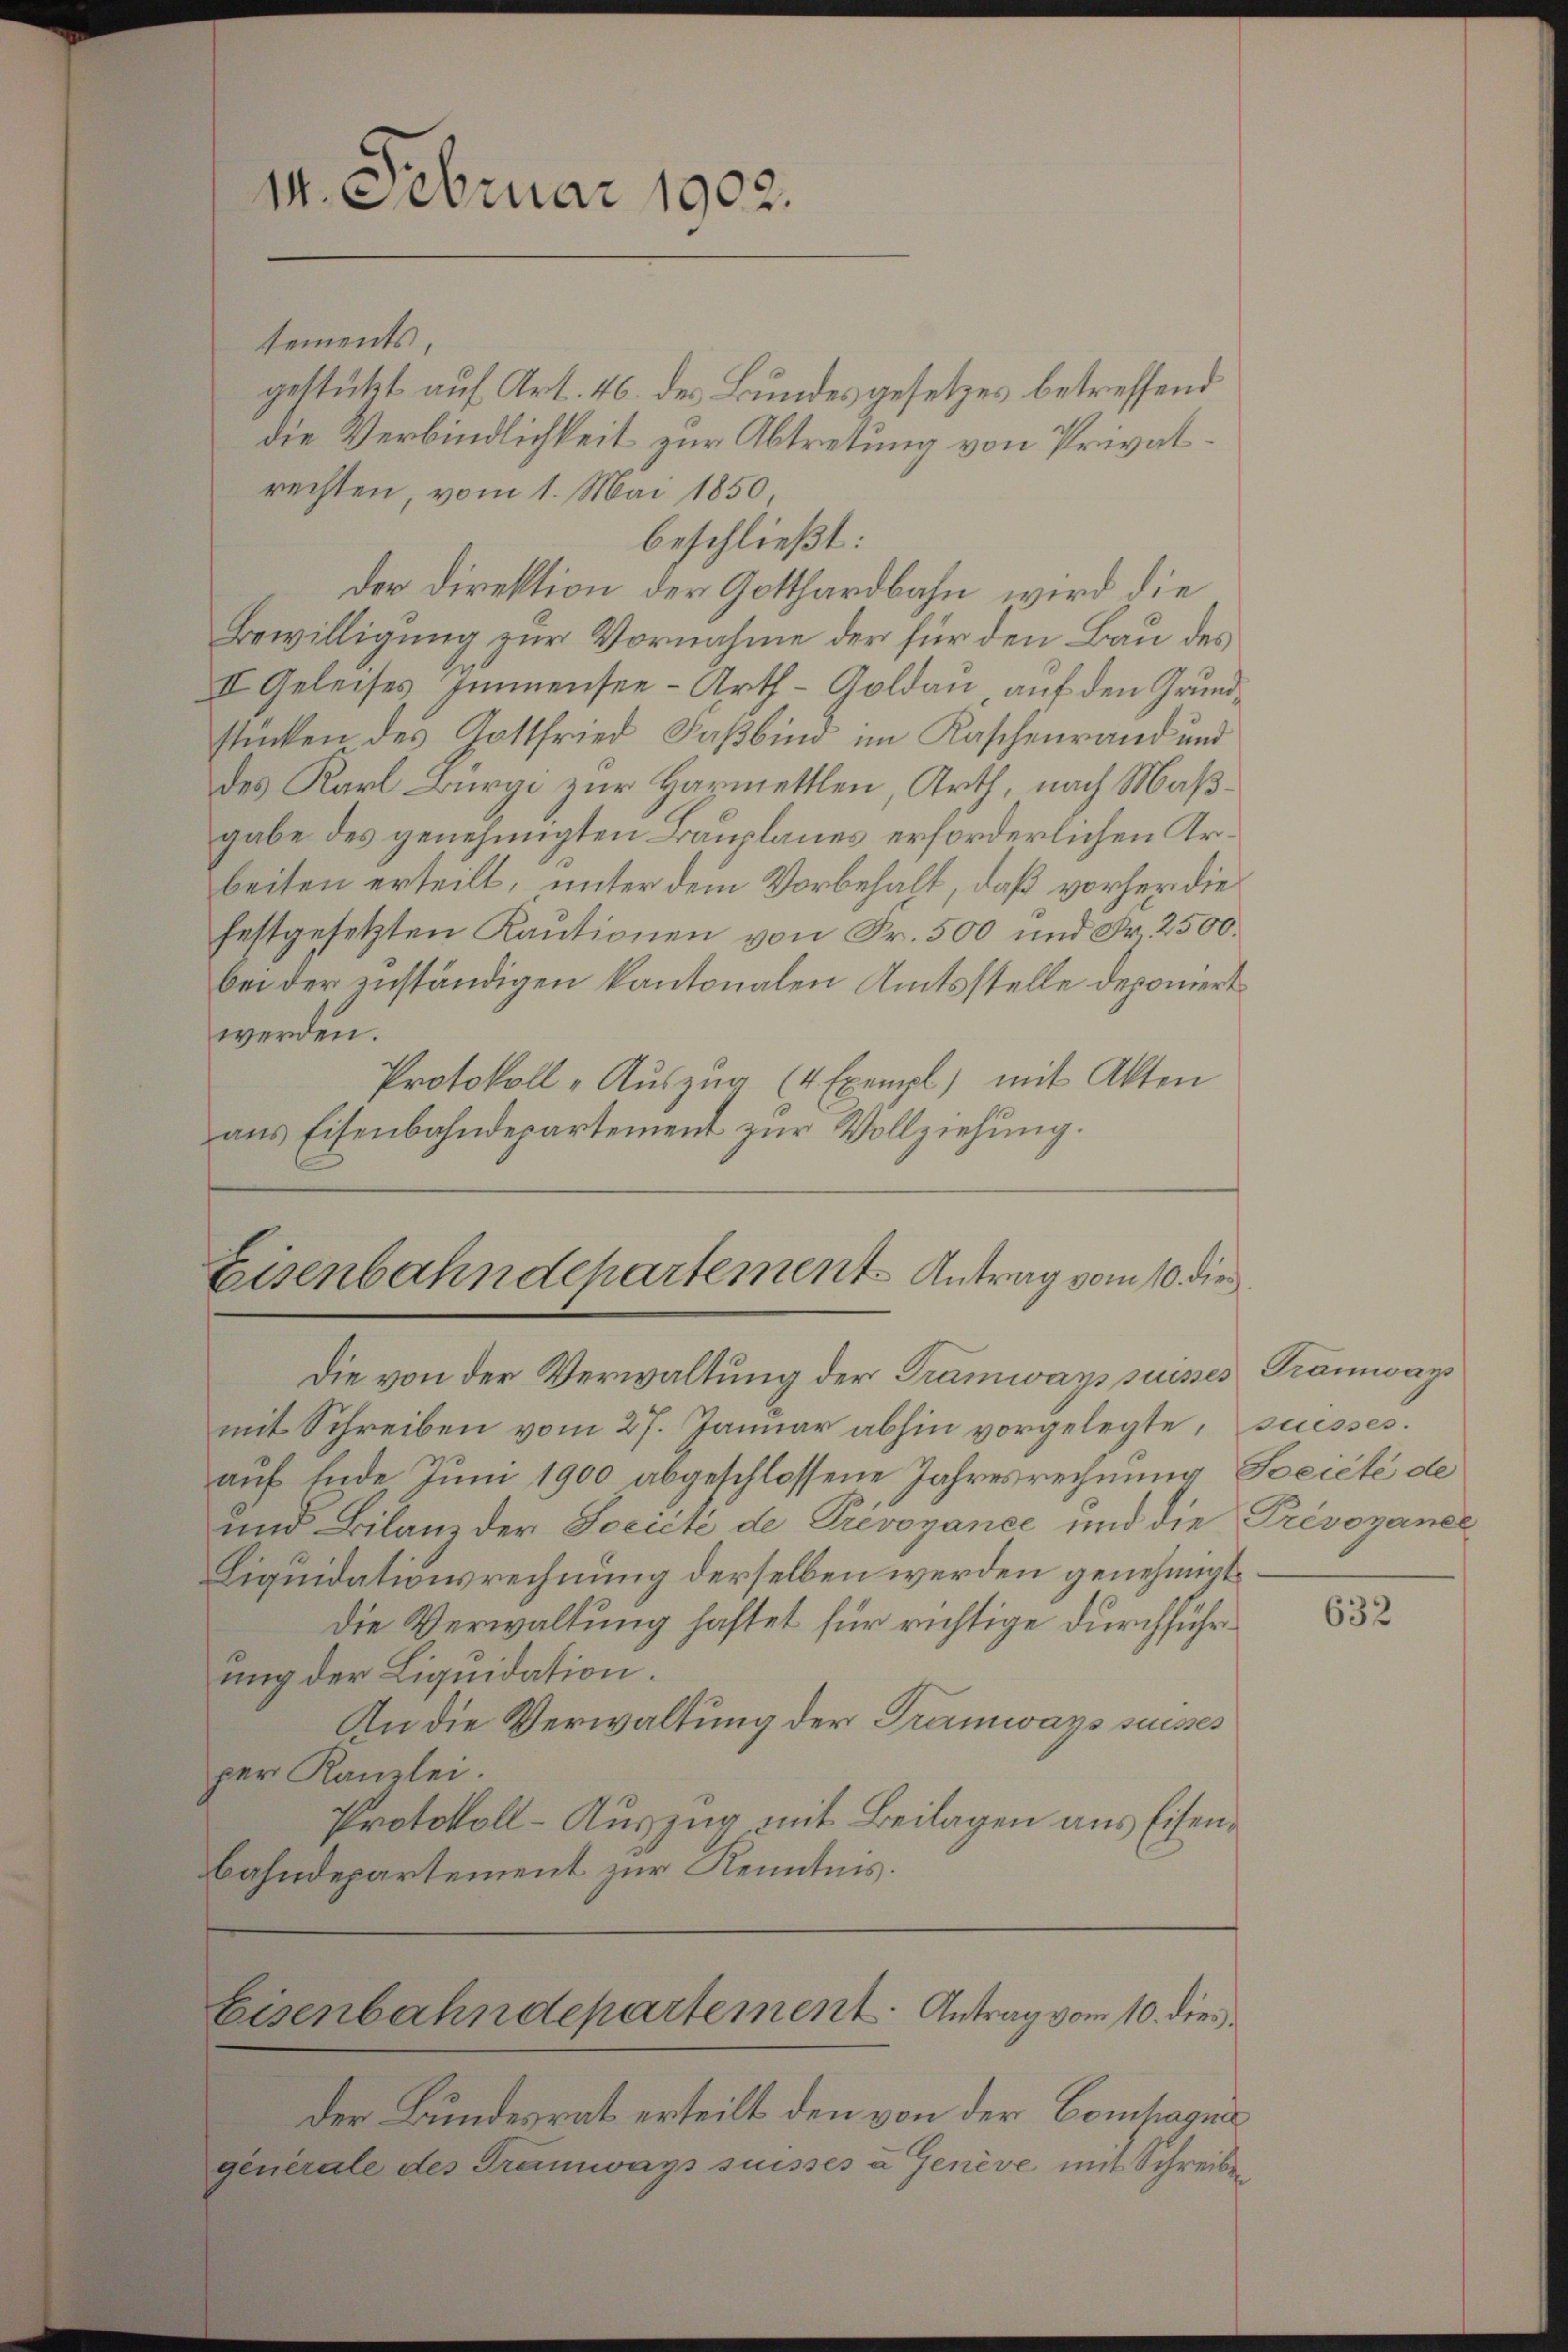
14. Februar 1902.

tements
gestückt auf Art. 46. des Bundesgesetzes betreffend
die Verbindlichkeit zur Abtretung von Privatrechten, vom 1. Mai 1850,
beschließt:
der Direktion der Gotthardbahn wird die
Bewilligung zur Vornahme der für den Bau des
II Geleises Immensee -Arth-Goldau auf den Grundstücken des Gottfried Faßbind im Kaschenrand und
des Karl Bürgi zur Harmettlen, Arth, nach Maßgabe des genehmigten Bauplanes erforderlichen Arbeiten erteilt, unter dem Vorbehalt, daß vorher die
festgesetzten Kautionen von Fr. 500 und Fr. 2500.
bei der zuständigen kantonalen Amtsstelle deponiert
werden.
Protokoll -Auszug (4 Exempl) mit Akten
ans Eisenbahndepartement zŭr Vollziehung.

Eisenbahndepartement Antrag vom 10. die
Die von der Verwaltung der Tramwayppuisses Tramways

mit Schreiben vom 27. Januar abhin vorgelegte, suisses.
auf Ende Juni 1900 abgeschlossene Jahresrechnung Société de
und Bilanz der Société de Prévoyance und die Prévozanel
Liquidationsrechnung derselben werden genehmigt.
die Verwaltung haftet für richtige durchführung der Liquidation.
An die Verwaltung der Tramways suisses
per Kanzlei.
Protokoll-Auszug mit Beilagen aus Eisenbahndepartement zur Kenntnis.

Der Bundesrat erteilt den von der Compagni
generale des Tramways suisses u Genève mit Schreiben

Eisenbahndepartement. Antrag vom 10. dies

632